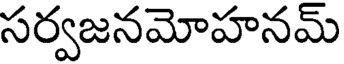
సర్వజనమోహనమ్